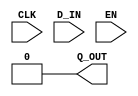

// Copyright (c) 2000-2009 Bluespec, Inc.

// Permission is hereby granted, free of charge, to any person obtaining a copy
// of this software and associated documentation files (the "Software"), to deal
// in the Software without restriction, including without limitation the rights
// to use, copy, modify, merge, publish, distribute, sublicense, and/or sell
// copies of the Software, and to permit persons to whom the Software is
// furnished to do so, subject to the following conditions:

// The above copyright notice and this permission notice shall be included in
// all copies or substantial portions of the Software.

// THE SOFTWARE IS PROVIDED "AS IS", WITHOUT WARRANTY OF ANY KIND, EXPRESS OR
// IMPLIED, INCLUDING BUT NOT LIMITED TO THE WARRANTIES OF MERCHANTABILITY,
// FITNESS FOR A PARTICULAR PURPOSE AND NONINFRINGEMENT. IN NO EVENT SHALL THE
// AUTHORS OR COPYRIGHT HOLDERS BE LIABLE FOR ANY CLAIM, DAMAGES OR OTHER
// LIABILITY, WHETHER IN AN ACTION OF CONTRACT, TORT OR OTHERWISE, ARISING FROM,
// OUT OF OR IN CONNECTION WITH THE SOFTWARE OR THE USE OR OTHER DEALINGS IN
// THE SOFTWARE.
//
// $Revision$
// $Date$

`ifdef BSV_ASSIGNMENT_DELAY
`else
`define BSV_ASSIGNMENT_DELAY
`endif

module RevertReg(CLK, Q_OUT, D_IN, EN);

   parameter width = 1;
   parameter init  = { width {1'b0} } ;

   input     CLK;
   input     EN;
   input [width - 1 : 0] D_IN;
   output [width - 1 : 0] Q_OUT;

   assign Q_OUT = init;
endmodule